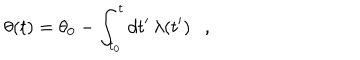
\theta ( t ) = \theta _ { 0 } - \int _ { t _ { 0 } } ^ { t } d t ^ { \prime } \, \lambda ( t ^ { \prime } ) \ \ \ ,